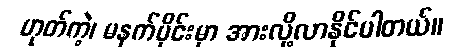
ဟုတ်ကဲ့၊ မနက်ပိုင်းမှာ အားလို့လာနိုင်ပါတယ်။